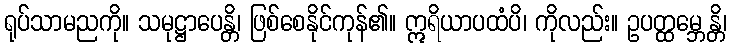
ရုပ်သာမညကို။ သမုဋ္ဌာပေန္တိ၊ ဖြစ်စေနိုင်ကုန်၏။ ဣရိယာပထံပိ၊ ကိုလည်း။ ဥပတ္ထမ္ဘေန္တိ၊